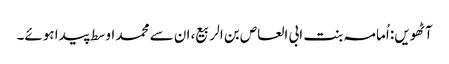
آٹھویں: اُمامہ بنت ابی العاص بن الربیع، ان سے محمد اوسط پیدا ہوئے۔